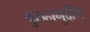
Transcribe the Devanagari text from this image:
बुरुहानुद्दीन